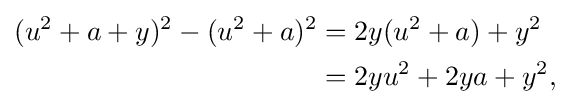
{\begin{aligned}(u^{2}+a+y)^{2}-(u^{2}+a)^{2}&=2y(u^{2}+a)+y^{2}\ \ \\&=2yu^{2}+2ya+y^{2},\end{aligned}}